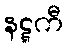
နဋ္ဋကီ